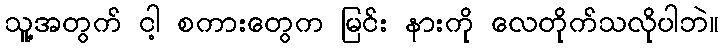
သူ့အတွက် ငါ့ စကားတွေက မြင်း နားကို လေတိုက်သလိုပါဘဲ။